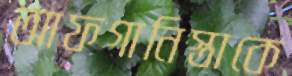
আফগানিস্তাকে